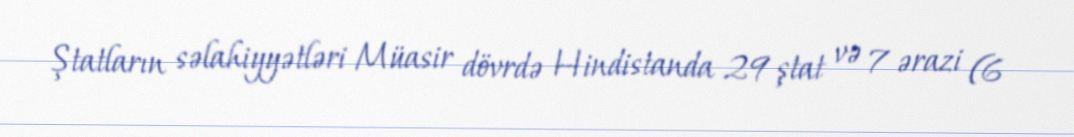
Ştatların səlahiyyətləri Müasir dövrdə Hindistanda 29 ştat və 7 ərazi (6